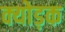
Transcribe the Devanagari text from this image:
क्योड़क